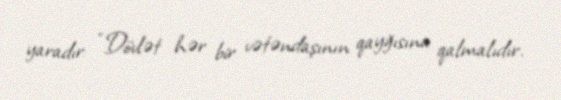
yaradır: “Dövlət hər bir vətəndaşının qayğısına qalmalıdır.